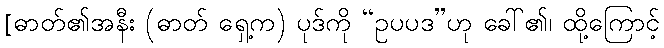
[ဓာတ်၏အနီး (ဓာတ် ရှေ့က) ပုဒ်ကို “ဥပပဒ”ဟု ခေါ်၏၊ ထို့ကြောင့်